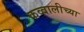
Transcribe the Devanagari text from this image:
कव्वालीच्या